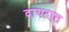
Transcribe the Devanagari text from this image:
दायरात